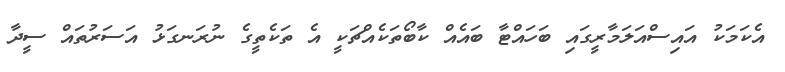
އެކަމަކު އައިސްއަލަމާރީގައި ބަހައްޓާ ބައެއް ކާބޯތަކެއްޗަކީ އެ ތަކެތީގެ ނުރަނގަޅު އަސަރުތައް ސީދާ